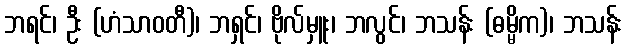
ဘရင်၊ ဦး (ဟံသာဝတီ)၊ ဘရှင်၊ ဗိုလ်မှူး၊ ဘလွင်၊ ဘသန်း (ဓမ္မိက)၊ ဘသန်း